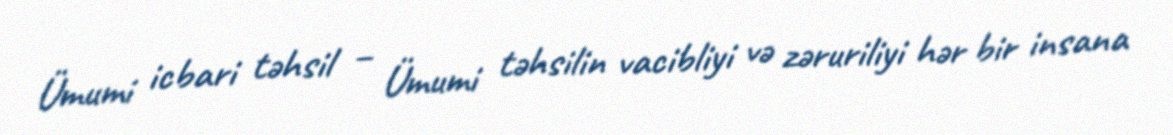
Ümumi icbari təhsil – Ümumi təhsilin vacibliyi və zəruriliyi hər bir insana